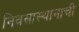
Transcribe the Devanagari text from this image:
निवसास्थानाची